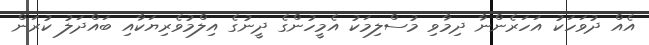
އެއް ދުވަހަކު އަހަރެންނާ ދިމާވި މުސްލިމަކު އެމީހުންގެ ދީނުގެ އިލްމުވެރިޔަކާއި ބައްދަލު ކުރަން